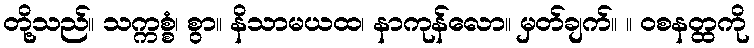
တို့သည်။ သက္ကစ္စံ၊ စွာ။ နိသာမယထ၊ နာကုန်လော။ မှတ်ချက်။ ။ ဝစနတ္ထကို